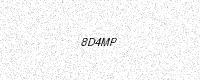
Text: 8D4MP